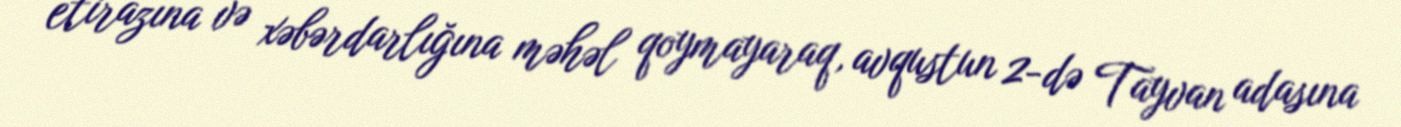
etirazına və xəbərdarlığına məhəl qoymayaraq, avqustun 2-də Tayvan adasına